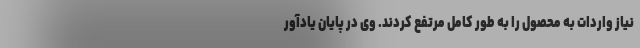
نیاز واردات به محصول را به طور کامل مرتفع کردند. وی در پایان یادآور